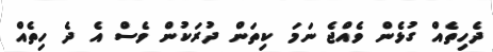
ދެހިތެއް ގުޅެން ވެއްޖެ ނަމަ ކިތަން ދުރަކުން ވެސް އެ ދެ ހިތެއް